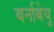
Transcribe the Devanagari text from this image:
बर्नाबेयु